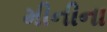
મીનીના